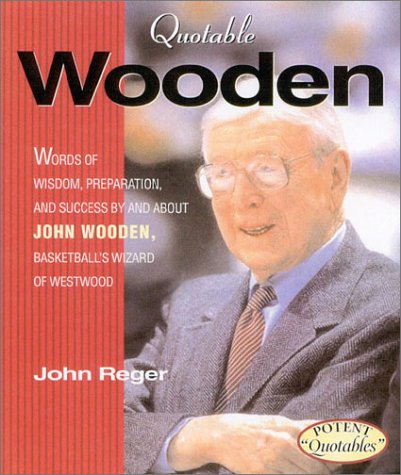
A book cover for Quotable Wooden (Potent Quotables); John Reger; Sports & Outdoors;